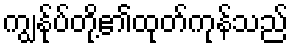
ကျွန်ုပ်တို့၏ထုတ်ကုန်သည်